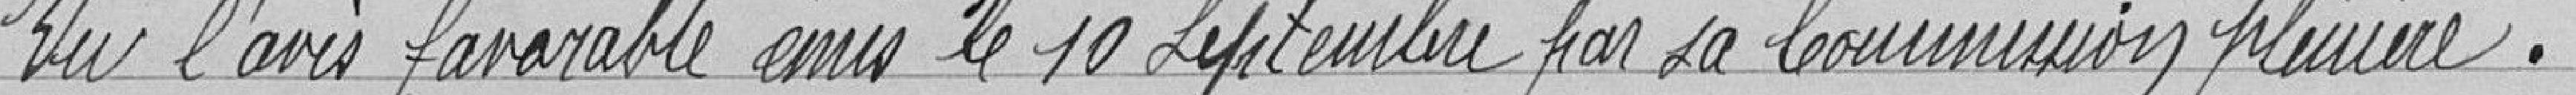
Vu l'avis favorable émis le 10 septembre par sa commission plénière.